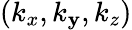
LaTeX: (k_{x},k_{\mathbf{y}},k_{z})